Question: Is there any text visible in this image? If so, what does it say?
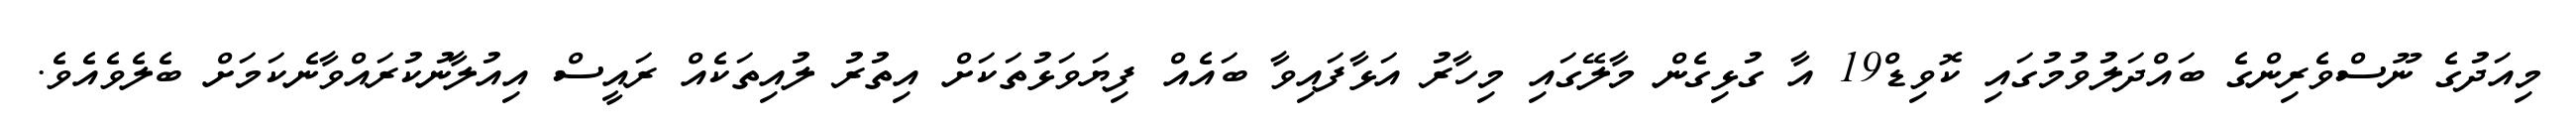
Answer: މިއަދުގެ ނޫސްވެރިންގެ ބައްދަލުވުމުގައި ކޮވިޑް19 އާ ގުޅިގެން މާލޭގައި މިހާރު އަޅާފައިވާ ބައެއް ފިޔަވަޅުތަކަށް އިތުރު ލުއިތަކެއް ރައީސް އިއުލާނުކުރައްވާނެކަމަށް ބެލެވެއެވެ.